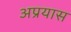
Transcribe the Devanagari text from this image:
अप्रयास